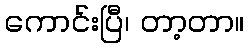
ကောင်းပြီ၊ တာ့တာ။